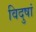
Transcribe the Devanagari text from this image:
विदुषां